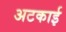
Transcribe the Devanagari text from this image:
अटकाई